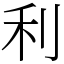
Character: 利